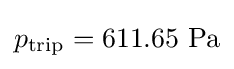
p_{\text{trip}}=611.65{\text{ Pa}}